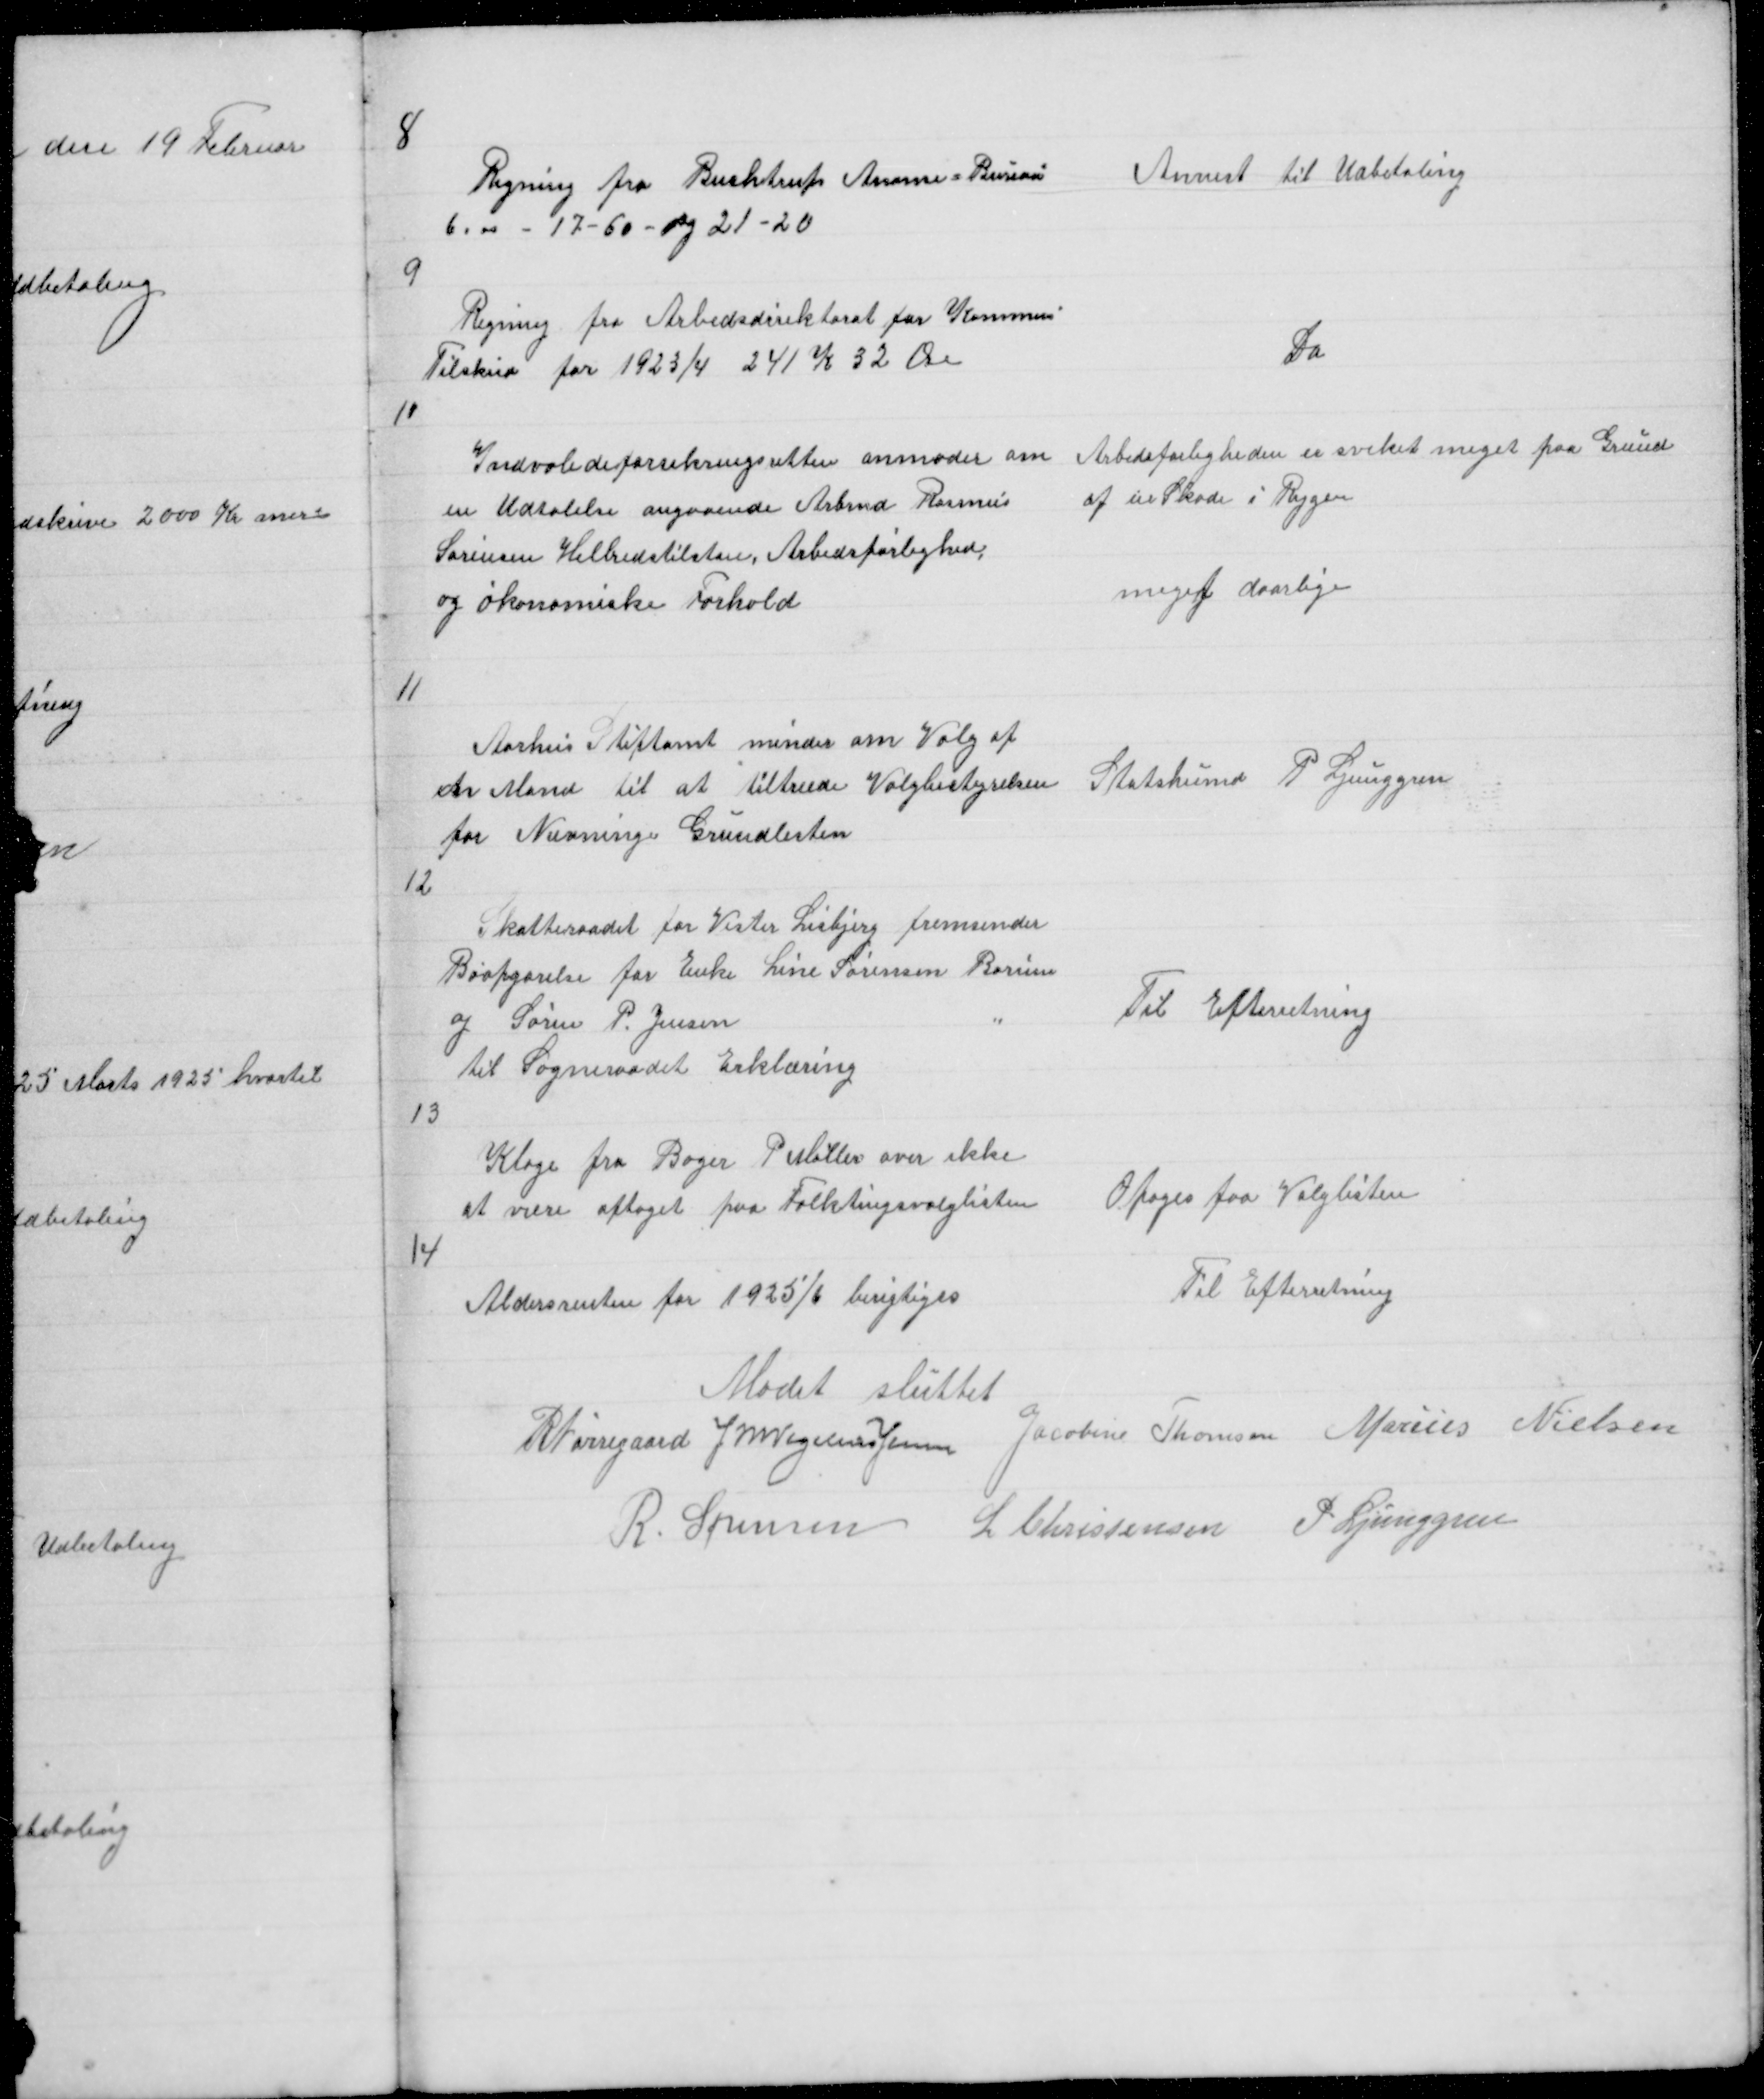
Transskription:
8

Anvist til Udbetaling

Regning fra Buchtrups Anonse = Bureau
6.00 - 17 - 60 og 21 - 20

9

Regning fra Arbedsdirektoratet for Kommun
Tilskud for 1923/4 241 K 32 Øre

Do

10

Arbedsførligheden er sveket meget paa Grund
af en Skade i Rygen
meget daarlige

Indvalideforsikringsretten anmoder om
en Udtalelse angaaende Arbmd Rasmus
Sørensen Helbredstilstan, Arbedsførlighed,
og økonomiske Forhold

11

Aarhus Stiftamt minder om Valg af
en Mand til at tiltræde Valgbestyrelsen
for Nævninge Grundlisten

Statshumd P Ljunggren

12

Skatteraadet for Vester Lisbjerg fremsender
Boopgørelse for Enke Line Sørensen Borum
og Søren P. Jensen
til Sogneraadet Erklæring

Til Efterretning

13

Klage fra Bager P Møller over ikke
at være optaget paa Folketingsvalglisten

Optoges paa Valglisten

14

Til Efterretning

Aldersrenten for 1925/6 berigtiges

Mødet sluttet
R Nørregaard J M Vogelius Jensen Jacobine Thomsen Marius Nielsen
R. Sørensen L Christensen P. Ljunggren